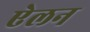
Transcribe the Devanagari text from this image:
एेलन